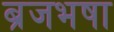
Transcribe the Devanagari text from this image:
ब्रजभषा